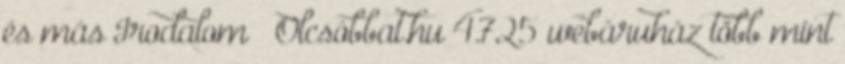
és más Irodalom – Olcsóbbat.hu 4.725 webáruház több mint